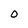
Character: 0